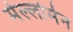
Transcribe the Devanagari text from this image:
मेल्लोमेन